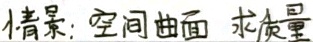
情景: 空间曲面 求质量